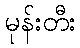
မုန်းတီး